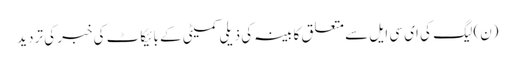
(ن) لیگ کی ای سی ایل سے متعلق کابینہ کی ذیلی کمیٹی کے بائیکاٹ کی خبر کی تردید